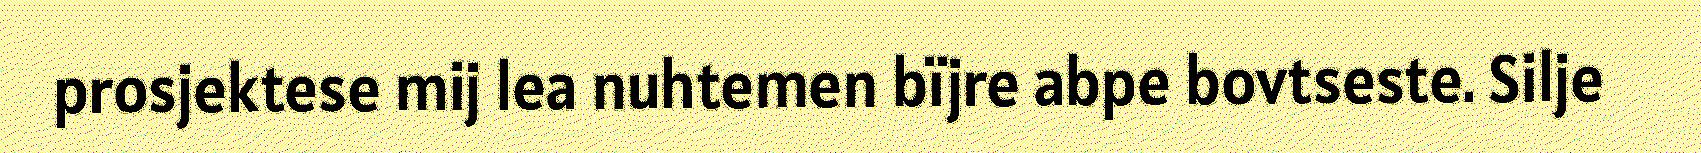
prosjektese mij lea nuhtemen bïjre abpe bovtseste. Silje